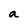
Character: a